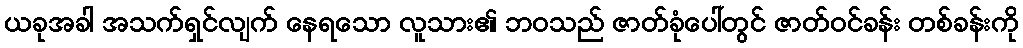
ယခုအခါ အသက်ရှင်လျက် နေရသော လူသား၏ ဘဝသည် ဇာတ်ခုံပေါ်တွင် ဇာတ်ဝင်ခန်း တစ်ခန်းကို